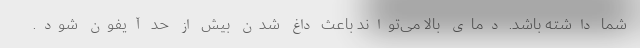
شما داشته باشد. دمای بالا می‌تواند باعث داغ شدن بیش از حد آیفون شود.